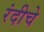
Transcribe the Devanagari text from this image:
रंदीचे